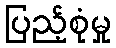
ပြည့်စုံမှု